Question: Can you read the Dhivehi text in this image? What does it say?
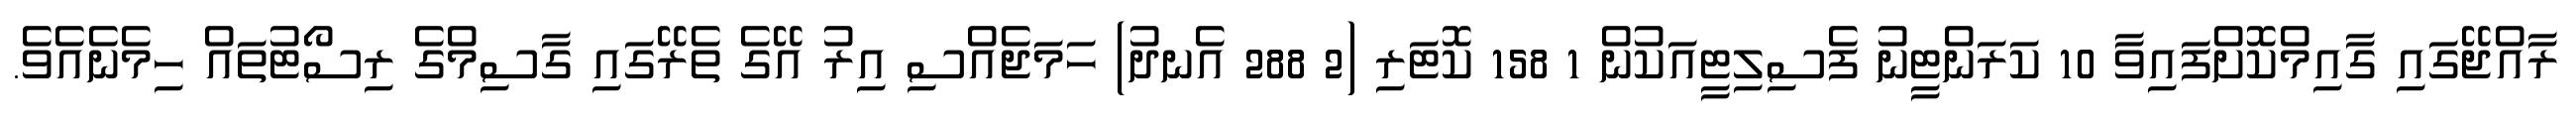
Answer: ރާއްޖޭގައި ގާއިމްކޮށްފައިވާ 10 ކަރަންޓީނު ފެސިލިޓީއަކުން 1 158 ކޮޓަރި (2 288 އެނދު) ހަމަޖެއްސި އިރު އޭގެ ތެރޭގައި ގާސިމްގެ ރިސޯޓުތައް ހިމެނެއެވެ.